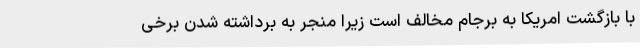
با بازگشت امریکا به برجام مخالف است زیرا منجر به برداشته شدن برخی